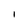
Character: l